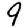
Digit: 9